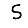
Digit: 5